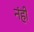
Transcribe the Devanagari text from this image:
नंही